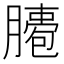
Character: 𦠖